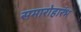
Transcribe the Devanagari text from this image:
समारोहारंभ